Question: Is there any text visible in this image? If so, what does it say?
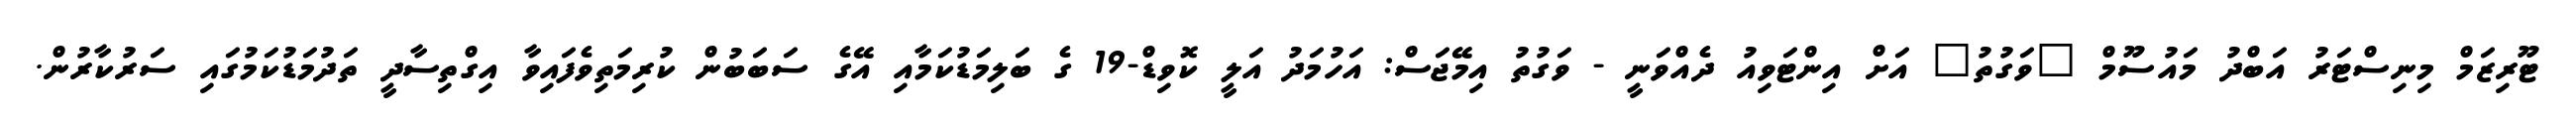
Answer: ޓޫރިޒަމް މިނިސްޓަރު އަބްދު މައުސޫމް "ވަގުތު" އަށް އިންޓަވިއު ދެއްވަނީ - ވަގުތު އިމޭޖަސް: އަހުމަދު އަލީ ކޮވިޑް-19 ގެ ބަލިމަޑުކަމާއި އޭގެ ސަބަބުން ކުރިމަތިވެފައިވާ އިގްތިސާދީ ތަދުމަޑުކަމުގައި ސަރުކާރުން.